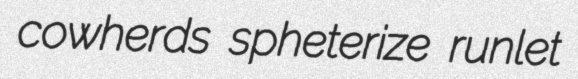
cowherds spheterize runlet